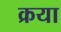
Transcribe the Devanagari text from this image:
क्रया